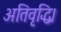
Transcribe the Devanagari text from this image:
अतिवृद्धि।